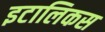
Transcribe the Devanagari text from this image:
इटालिकस